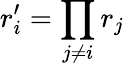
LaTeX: r_{i}^{\prime}=\prod_{j\neq i}r_{j}